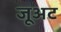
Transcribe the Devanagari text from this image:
जूअट